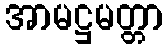
အာမဋ္ဌမတ္တာ